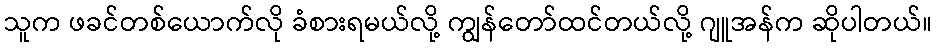
သူက ဖခင်တစ်ယောက်လို ခံစားရမယ်လို့ ကျွန်တော်ထင်တယ်လို့ ဂျူအန်က ဆိုပါတယ်။